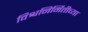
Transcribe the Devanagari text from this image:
विश्वनिर्मितीच्या